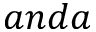
a n d a